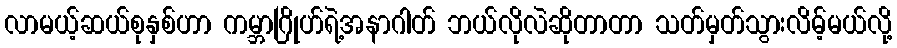
လာမယ့်ဆယ်စုနှစ်ဟာ ကမ္ဘာဂြိုဟ်ရဲ့အနာဂါတ် ဘယ်လိုလဲဆိုတာတာ သတ်မှတ်သွားလိမ့်မယ်လို့